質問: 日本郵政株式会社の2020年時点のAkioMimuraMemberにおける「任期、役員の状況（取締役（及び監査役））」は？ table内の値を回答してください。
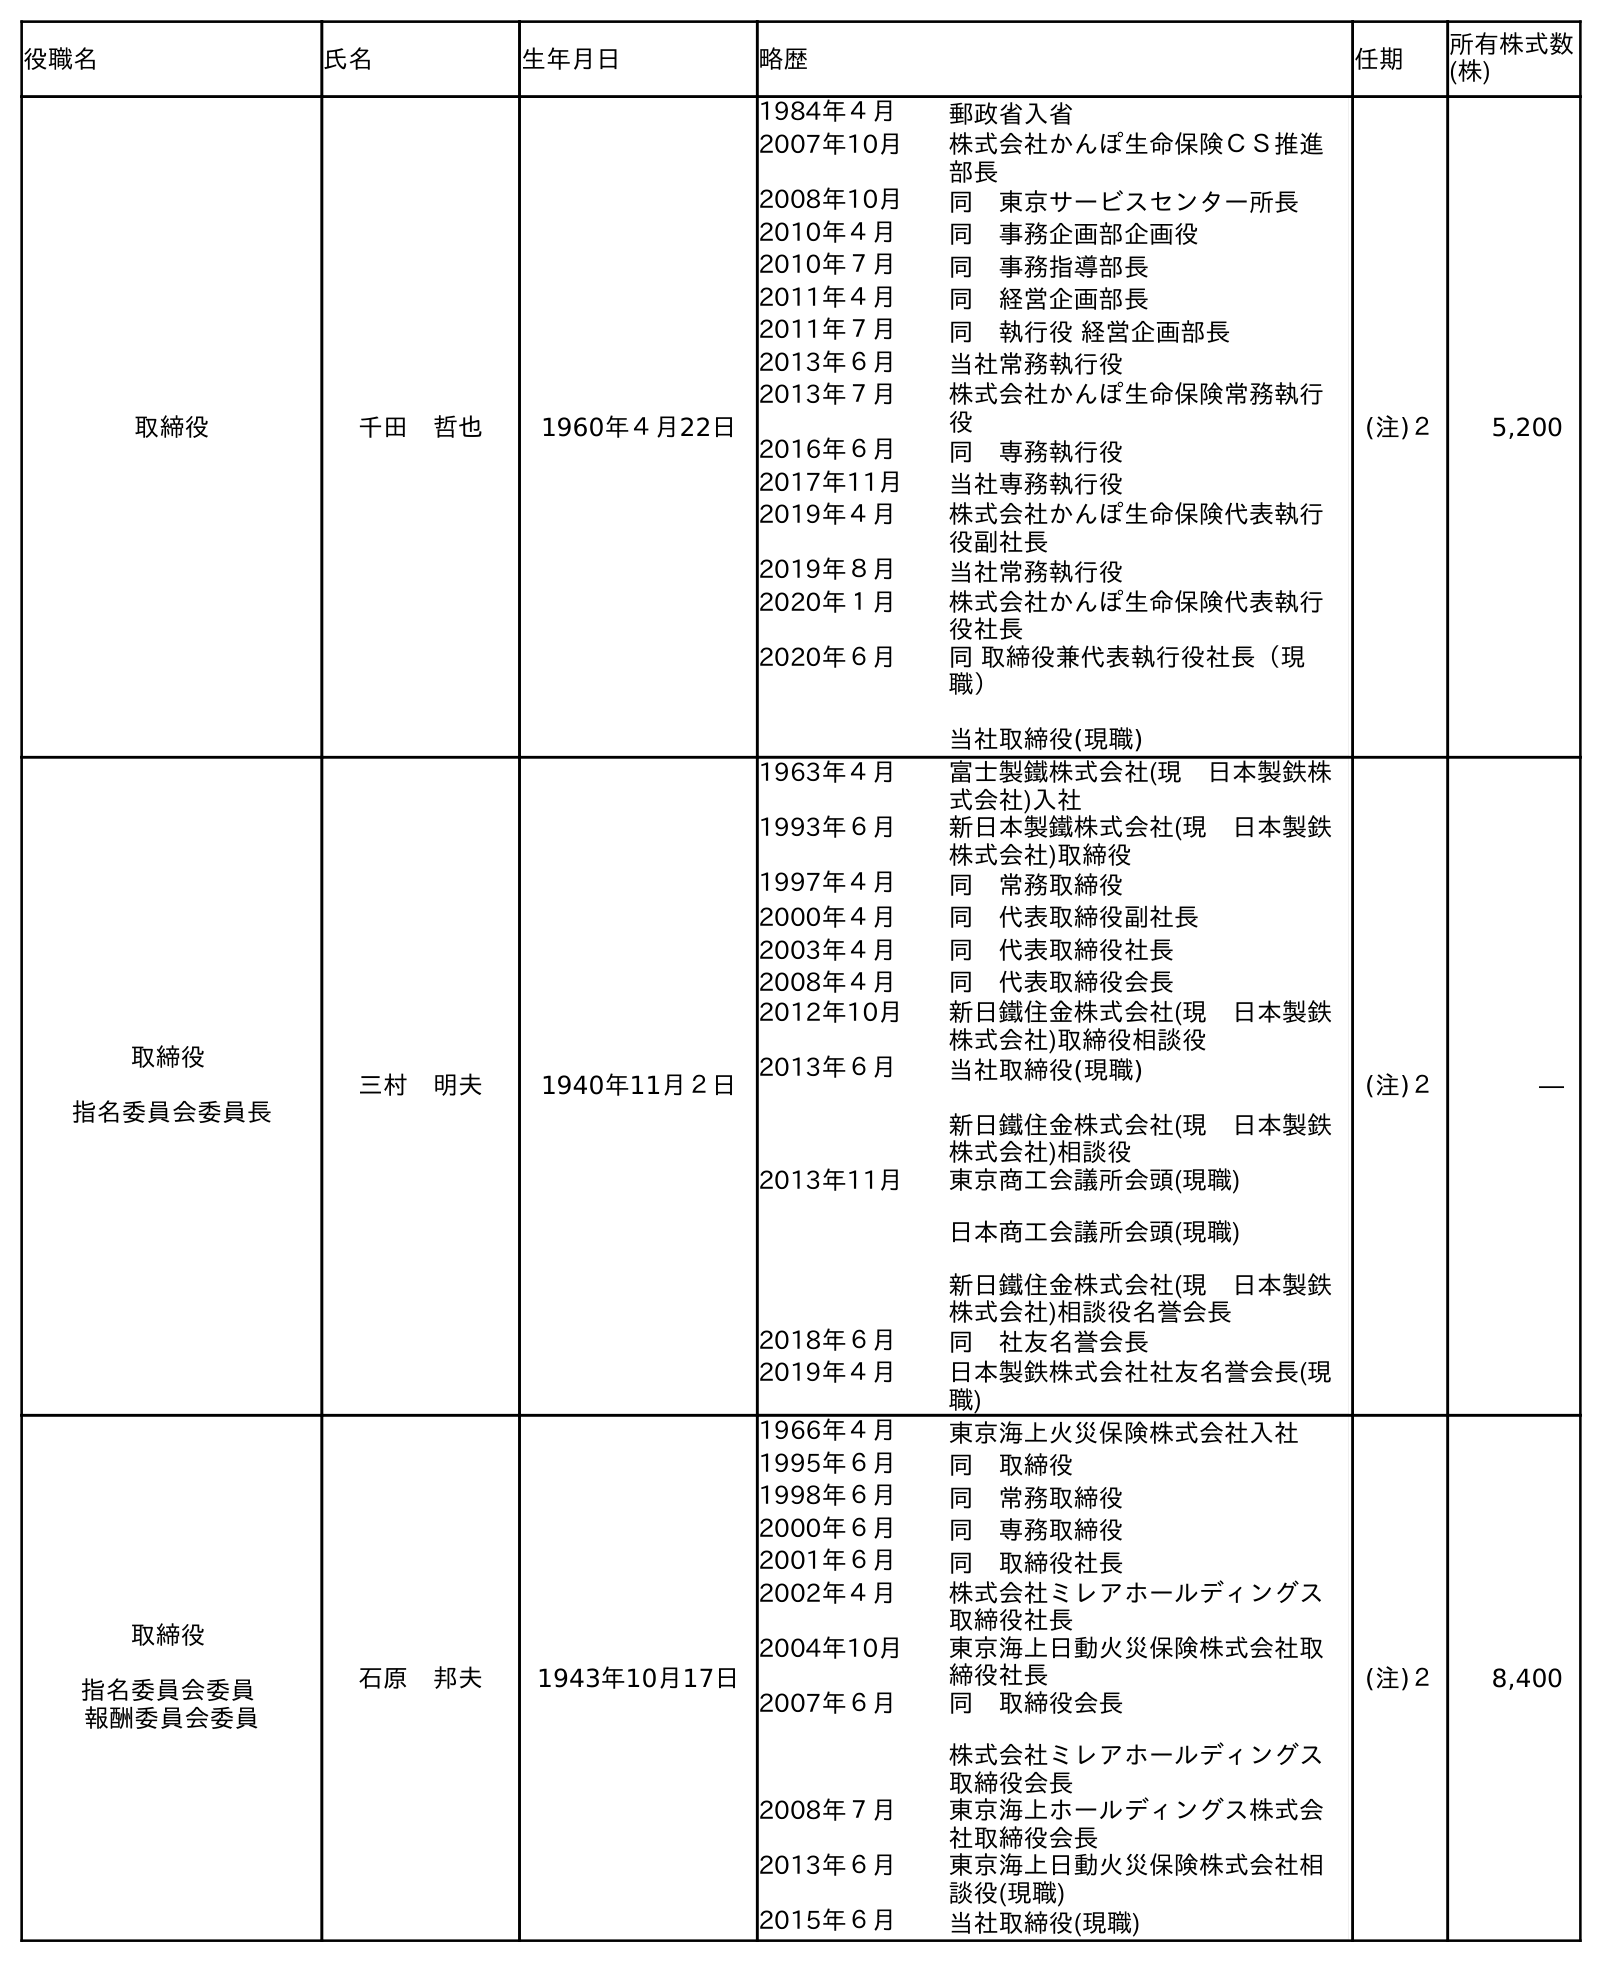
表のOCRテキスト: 役職名 氏名 生年月日 略歴 任期 所有株式数 (株) 取締役 千田 哲也 1960年４月22日 1984年４月 郵政省入省 2007年10月 株式会社かんぽ生命保険ＣＳ推進 部長 2008年10月 同 東京サービスセンター所長 2010年４月 同 事務企画部企画役 2010年７月 同 事務指導部長 2011年４月 同 経営企画部長 2011年７月 同 執行役 経営企画部長 2013年６月 当社常務執行役 2013年７月 株式会社かんぽ生命保険常務執行 役 2016年６月 同 専務執行役 2017年11月 当社専務執行役 2019年４月 株式会社かんぽ生命保険代表執行 役副社長 2019年８月 当社常務執行役 2020年１月 株式会社かんぽ生命保険代表執行 役社長 2020年６月 同 取締役兼代表執行役社長（現 職） 当社取締役(現職) (注)２ 5,200 取締役 指名委員会委員長 三村 明夫 1940年11月２日 1963年４月 富士製鐵株式会社(現 日本製鉄株 式会社)入社 1993年６月 新日本製鐵株式会社(現 日本製鉄 株式会社)取締役 1997年４月 同 常務取締役 2000年４月 同 代表取締役副社長 2003年４月 同 代表取締役社長 2008年４月 同 代表取締役会長 2012年10月 新日鐵住金株式会社(現 日本製鉄 株式会社)取締役相談役 2013年６月 当社取締役(現職) 新日鐵住金株式会社(現 日本製鉄 株式会社)相談役 2013年11月 東京商工会議所会頭(現職) 日本商工会議所会頭(現職) 新日鐵住金株式会社(現 日本製鉄 株式会社)相談役名誉会長 2018年６月 同 社友名誉会長 2019年４月 日本製鉄株式会社社友名誉会長(現 職) (注)２ ― 取締役 指名委員会委員 報酬委員会委員 石原 邦夫 1943年10月17日 1966年４月 東京海上火災保険株式会社入社 1995年６月 同 取締役 1998年６月 同 常務取締役 2000年６月 同 専務取締役 2001年６月 同 取締役社長 2002年４月 株式会社ミレアホールディングス 取締役社長 2004年10月 東京海上日動火災保険株式会社取 締役社長 2007年６月 同 取締役会長 株式会社ミレアホールディングス 取締役会長 2008年７月 東京海上ホールディングス株式会 社取締役会長 2013年６月 東京海上日動火災保険株式会社相 談役(現職) 2015年６月 当社取締役(現職) (注)２ 8,400
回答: (注)２